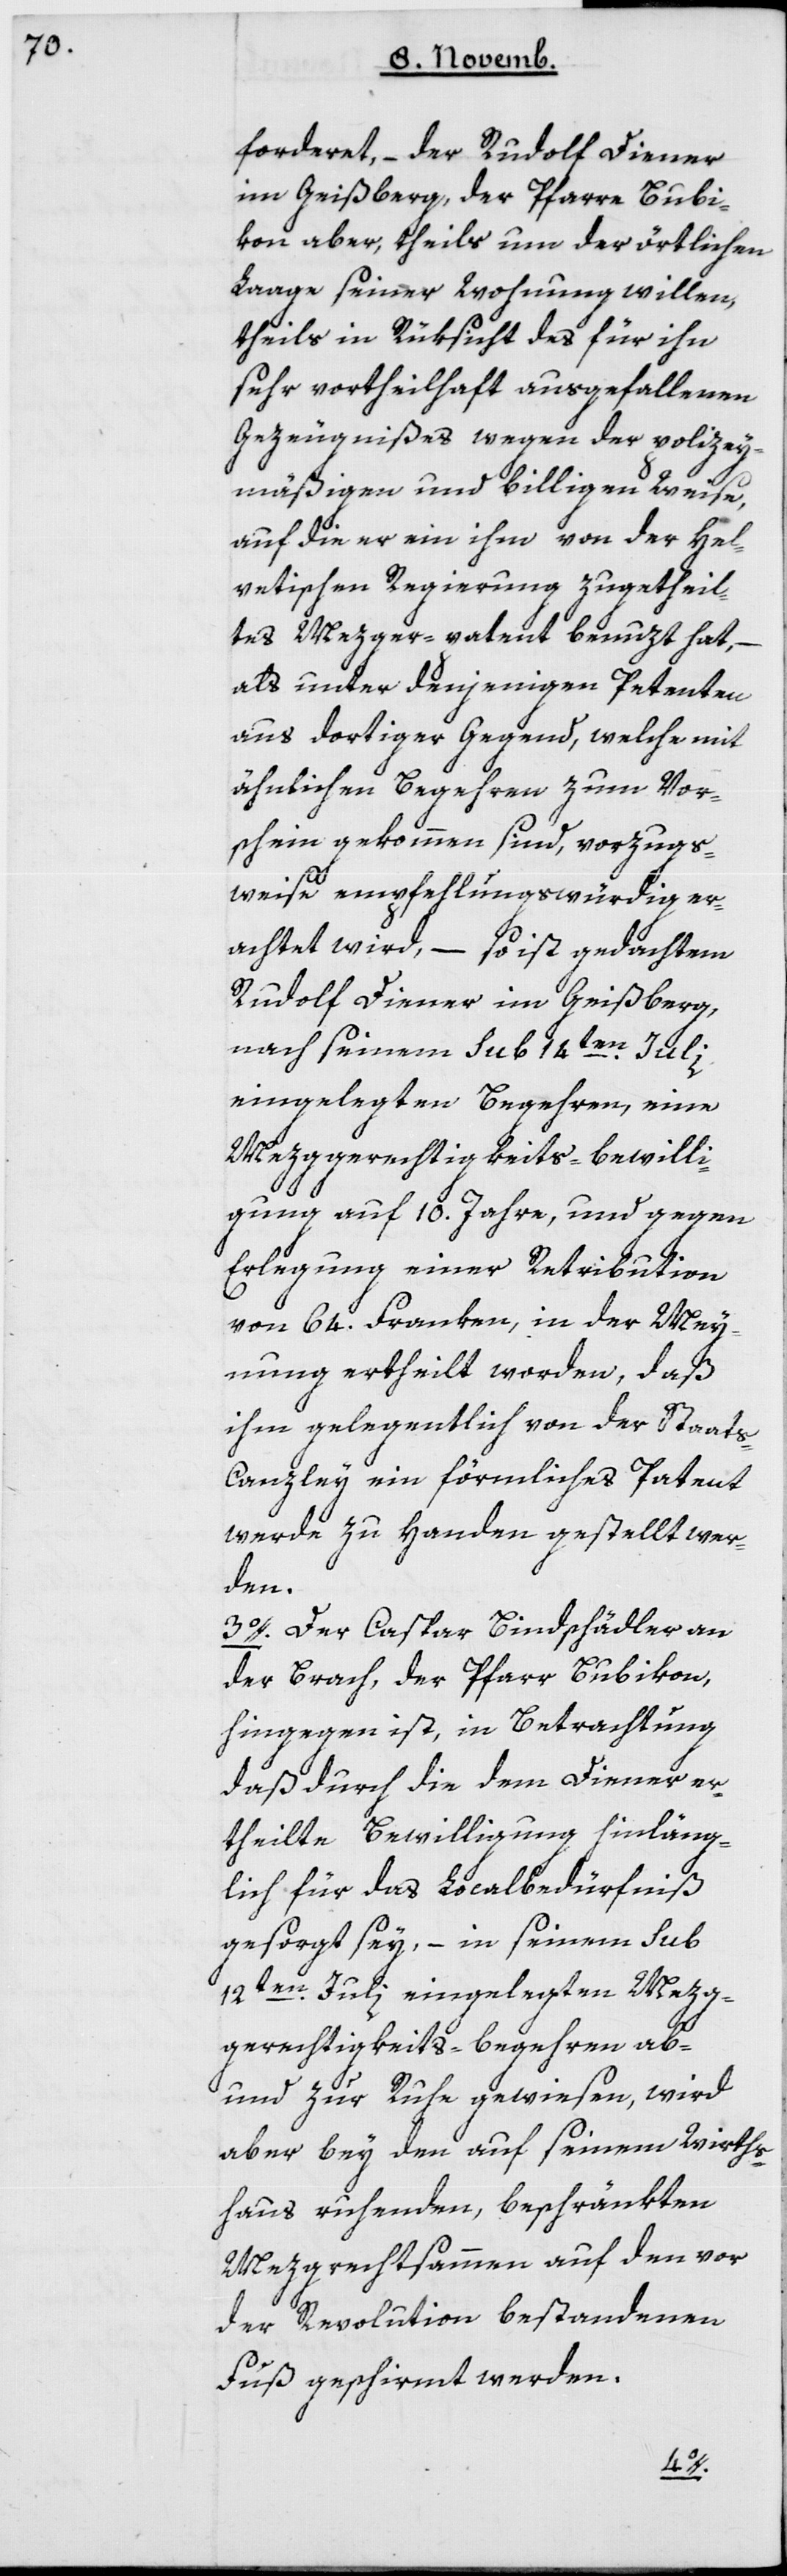
forderet, – der Rudolf Diener
im Geißberg, der Pfarre Bubi¬
kon aber, theils um der örtlichen
Lage seiner Wohnung willen,
theils in Rüksicht des für ihn
sehr vortheilhaft ausgefallenen
Gezeugnißes wegen der polizey¬
mäßigen und billigen Weise,
auf die er ein ihm von der Hel¬
vetischen Regierung zugetheil¬
tes Mezgerpatent benutzt hat, –
als unter denjenigen Petenten
aus dortiger Gegend, welche mit
ähnlichen Begehren zum Vor¬
schein gekommen sind, vorzugs¬
weise empfehlungswürdig er¬
achtet wird, – so ist gedachtem
Rudolf Diener im Geißberg,
nach seinem sub 14ten Juli
eingelegten Begehren, eine
Mezggerechtigkeits-Bewilli¬
gung auf 10 Jahre, und gegen
Erlegung einer Retribution
von 64 Franken, in der Mey¬
nung ertheilt worden, daß
ihm gelegentlich von der Staats¬
canzley ein förmliches Patent
werde zu Handen gestellt wer¬
den.
3. Der Caspar Bindschädler an
der Brach, der Pfarr Bubikon,
hingegen ist, in Betrachtung
daß durch die dem Diener er¬
theilte Bewilligung hinläng¬
lich für das Localbedürfniß
gesorgt sey, – in seinem sub
12ten Juli eingelegten Mezg¬
gerechtigkeits-Begehren ab-
und zur Ruhe gewiesen, wird
aber bey den auf seinem Wirths¬
haus ruhenden, beschränkten
Mezgrechtsammen auf den vor
der Revolution bestandenen
Fuß geschirmt werden.